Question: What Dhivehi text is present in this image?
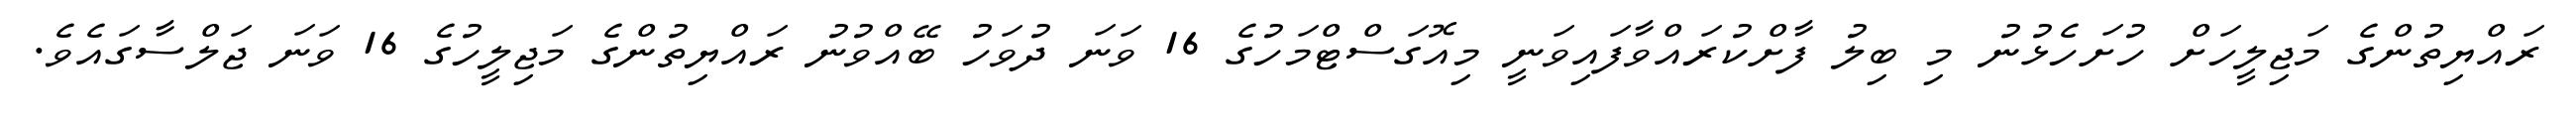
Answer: ރައްޔިތުންގެ މަޖިލީހަށް ހުށަހެޅުނު މި ބިލު ފާށްކުރައްވާފައިވަނީ މިއޮގަސްޓްމަހުގެ 16 ވަނަ ދުވަހު ބޭއްވުނު ރައްޔިތުންގެ މަޖިލީހުގެ 16 ވަނަ ޖަލްސާގައެވެ.